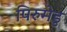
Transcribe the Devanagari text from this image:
पिरुमेडु